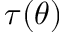
\tau ( \theta )